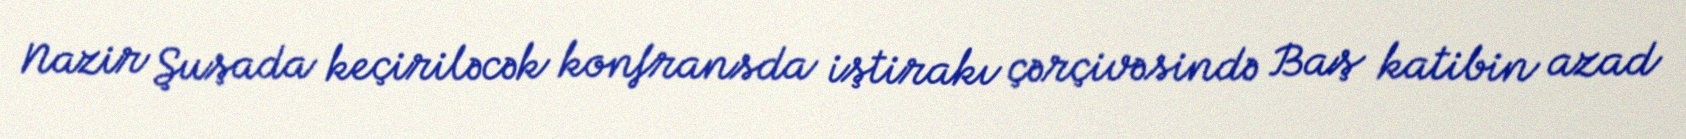
Nazir Şuşada keçiriləcək konfransda iştirakı çərçivəsində Baş katibin azad